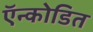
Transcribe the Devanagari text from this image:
ऍन्कोडित